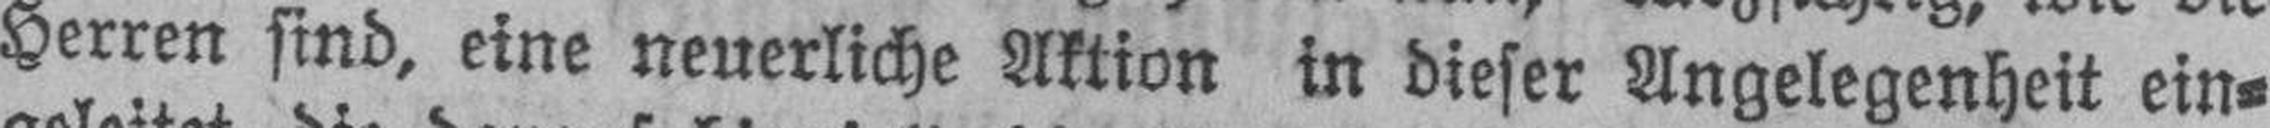
Herren sind, eine neuerliche Aktion in dieser Angelegenheit ein¬